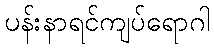
ပန်းနာရင်ကျပ်ရောဂါ